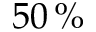
5 0 \, \%